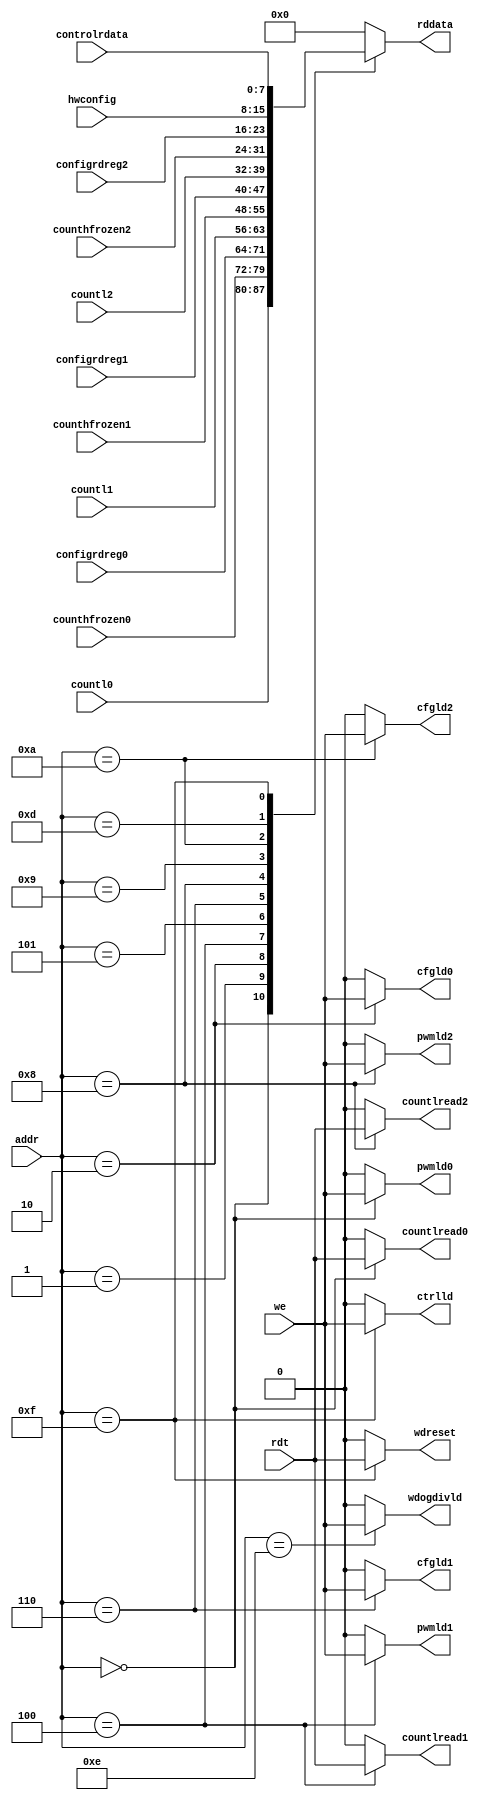
module decoder_22(
	input we,
	input rdt,
	input [3:0] addr,
	input [7:0] countl0,
	input [7:0] counthfrozen0,
	input [7:0] countl1,
	input [7:0] counthfrozen1,
	input [7:0] countl2,
	input [7:0] counthfrozen2,
	input [7:0] controlrdata,
	input [7:0] hwconfig,
	input [7:0] configrdreg0,
	input [7:0] configrdreg1,
	input [7:0] configrdreg2,
	output [7:0] rddata,
	output countlread0,
	output pwmld0,
	output cfgld0,
	output countlread1,
	output pwmld1,
	output cfgld1,
	output countlread2,
	output pwmld2,
	output cfgld2,
	output ctrlld,
	output wdogdivld,
	output wdreset);
	reg regdecr0;
	reg regdecw0;
	reg regdecw2;
	reg regdecr4;
	reg regdecw4;
	reg regdecw6;
	reg regdecr8;
	reg regdecw8;
	reg regdecwa;
	reg regdecwe;
	reg regdecwf;
	reg regdecrf;
	reg [7:0] rddatareg;
	initial regdecr0 = 0;
	initial regdecw0 = 0;
	initial regdecw2 = 0;
	initial regdecr4 = 0;
	initial regdecw4 = 0;
	initial regdecw6 = 0;
	initial regdecr8 = 0;
	initial regdecw8 = 0;
	initial regdecwa = 0;		
	initial regdecwe = 0;
	initial regdecwf = 0;
	initial regdecrf = 0;
	assign countlread0 = regdecr0;
	assign countlread1 = regdecr4;
	assign countlread2 = regdecr8;
	assign pwmld0 = regdecw0;
	assign pwmld1 = regdecw4;
	assign pwmld2 = regdecw8;
	assign cfgld0 = regdecw2;
	assign cfgld1 = regdecw6;
	assign cfgld2 = regdecwa;
	assign ctrlld = regdecwf;
	assign wdogdivld = regdecwe;
	assign wdreset = regdecrf;
	assign rddata = rddatareg;
	always @(*) begin
		rddatareg <= 8'h00;
		regdecr0 <= 0;
		regdecw0 <= 0;
		regdecw2 <= 0;
		regdecr4 <= 0;
		regdecw4 <= 0;
		regdecw6 <= 0;
		regdecr8 <= 0;
		regdecw8 <= 0;
		regdecwa <= 0;
		regdecwe <= 0;
		regdecwf <= 0;
		regdecrf <= 0;
		case(addr)
			4'h0: begin
				rddatareg <= countl0;
				regdecw0 <= we;
				regdecr0 <= rdt;
			end
			4'h1: begin
				rddatareg <= counthfrozen0;
			end
			4'h2: begin
				regdecw2 <= we;
				rddatareg <= configrdreg0;
			end
			4'h4: begin
				rddatareg <= countl1;
				regdecw4 <= we;
				regdecr4 <= rdt;
			end
			4'h5: begin
				rddatareg <= counthfrozen1;
			end
			4'h6: begin
				regdecw6 <= we;
				rddatareg <= configrdreg1;
			end
			4'h8: begin
				rddatareg <= countl2;
				regdecw8 <= we;
				regdecr8 <= rdt;
			end
			4'h9: begin
				rddatareg <= counthfrozen2;
			end
			4'ha: begin
				regdecwa <= we;   
				rddatareg <= configrdreg2;  
			end
			4'h3, 4'h7,
			4'hb, 4'hc: begin
				rddatareg <= 8'h00;
			end
			4'hd:
				rddatareg <= hwconfig;
			4'he:
				regdecwe <= we;
			4'hf:
				begin
					rddatareg <= controlrdata;
					regdecwf <= we;
					regdecrf <= rdt;
				end
			default: begin
				rddatareg <= 8'bxxxxxxxx;
				regdecr0 <= 1'bx;
				regdecr4 <= 1'bx;
				regdecr8 <= 1'bx;
				regdecw0 <= 1'bx;
				regdecw2 <= 1'bx;
				regdecwf <= 1'bx;
				regdecw4 <= 1'bx;
				regdecw6 <= 1'bx;
				regdecw8 <= 1'bx;
				regdecwa <= 1'bx;
			end
		endcase
	end
endmodule